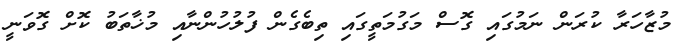
މުޒާހަރާ ކުރަން ނަމުގައި ގޮސް މަގުމަތީގައި ތިބެގެން ފުލުހުންނާއި މުޚާތަބު ކޮށް ގޮވަނީ